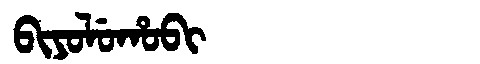
Manchu: ᠪᡳᠶᠣᠯᡠᡥᠣᠪᡳ
Romanization: BIYOLUHOBI